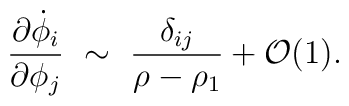
{\partial \dot{\phi}_i \over \partial \phi_j} ~ \sim ~{\delta_{ij} \over \rho -\rho_1} + {\cal{O}} (1).